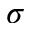
\sigma